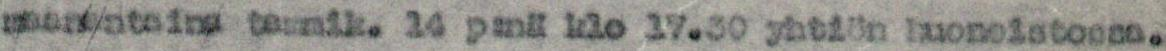
maanantaina tammik. 14 p:nä klo 17.30 yhtiön huoneistossa.